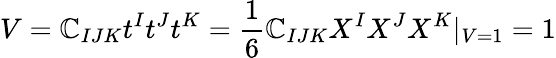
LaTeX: V=\mathbb{C}_{IJK}t^{I}t^{J}t^{K}=\frac{{1}}{{6}}\mathbb{C}_{IJK}X^{I}X^{J}X^{K}|_{V=1}=1